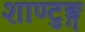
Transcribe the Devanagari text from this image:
शाण्टुङ्ग